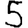
Digit: 5